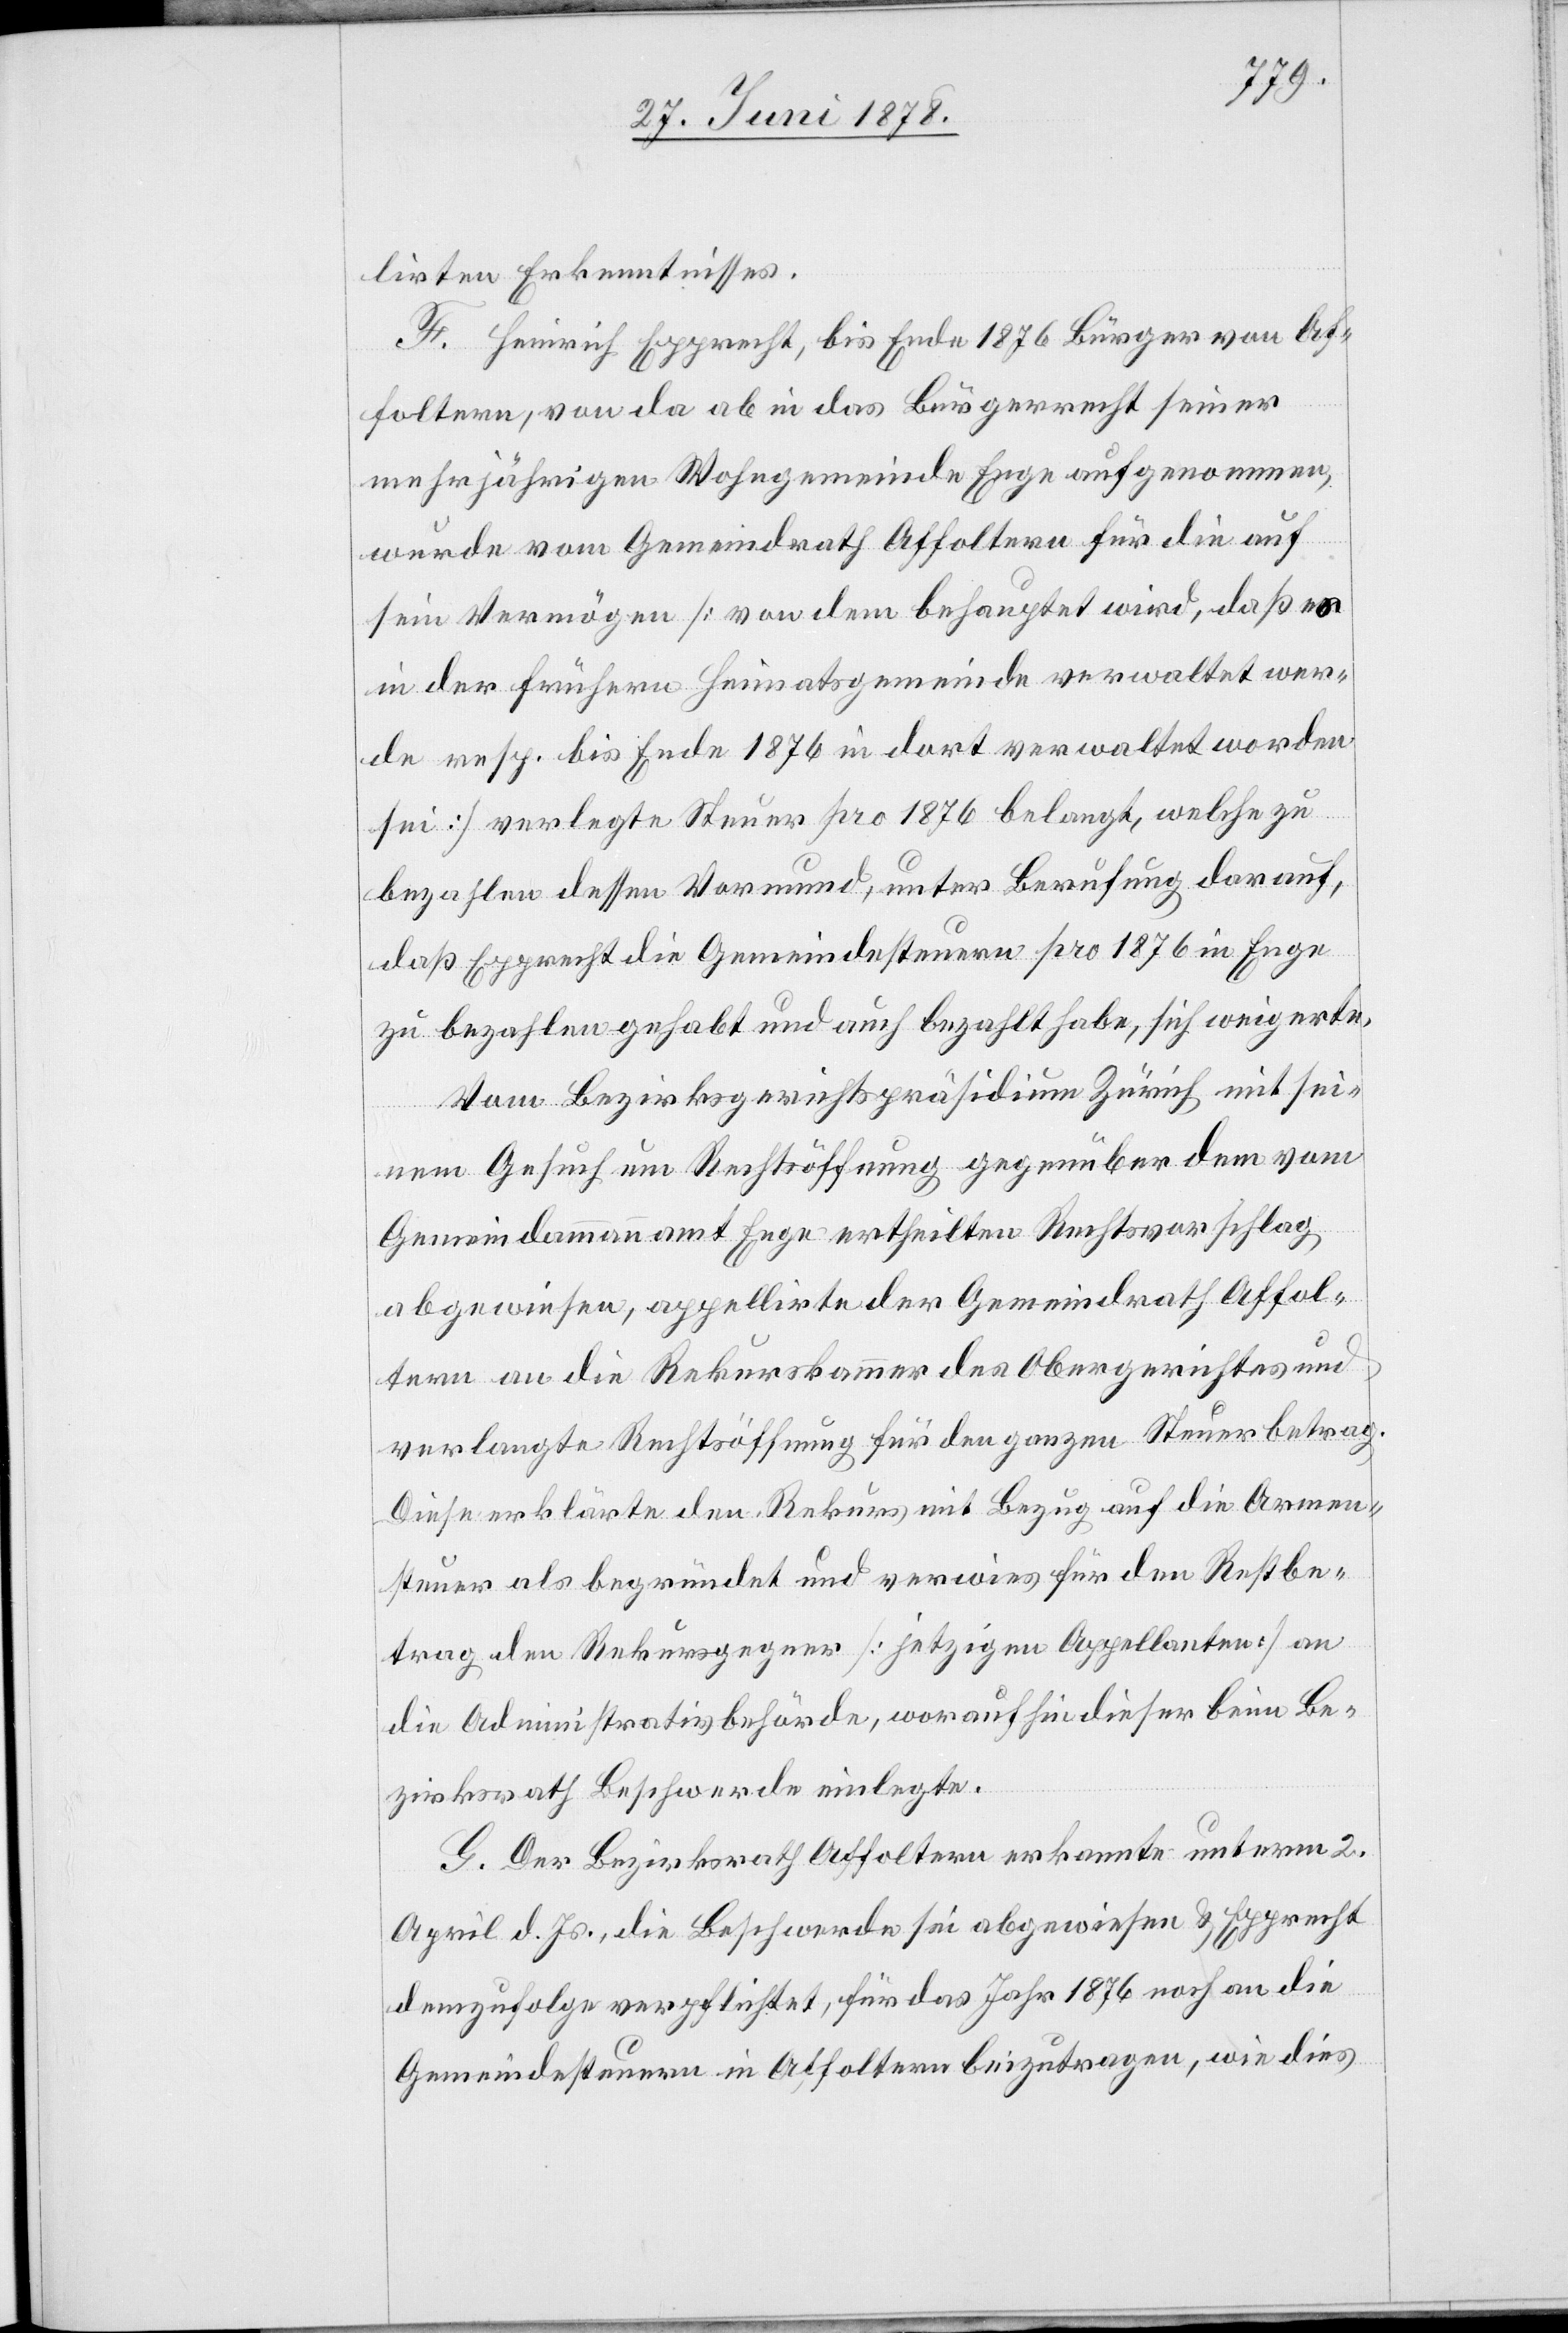
lirten Erkenntnisses.
F. Heinrich Epprecht, bis Ende 1876 Bürger von Af¬
foltern, von da ab in das Bürgerrecht seiner
mehrjährigen Wohngemeinde Enge aufgenommen,
wurde vom Gemeindrath Affoltern für die auf
sein Vermögen [von dem behauptet wird, daß es
in der frühern Heimatsgemeinde verwaltet wer¬
de resp. bis Ende 1876 in dort verwaltet worden
sei] verlegte Steuer pro 1876 belangt, welche zu
bezahlen dessen Vormund, unter Berufung darauf,
daß Epprecht die Gemeindesteuern pro 1876 in Enge
zu bezahlen gehabt und auch bezahlt habe, sich weigerte.
Vom Bezirksgerichtspräsidium Zürich mit sei¬
nem Gesuch um Rechtsöffnung gegenüber dem vom
Gemeindammannamt Enge ertheilten Rechtsvorschlag
abgewiesen, appellirte der Gemeindrath Affol¬
tern an die Rekurskammer des Obergerichtes und
verlangte Rechtsöffnung für den ganzen Steuerbetrag.
Diese erklärte den Rekurs mit Bezug auf die Armen¬
steuer als begründet und verwies für den Restbe¬
trag den Rekursgegner [jetzigen Appellanten] an
die Administrativbehörde, woraufhin dieser beim Be¬
zirksrath Beschwerde einlegte.
G. Der Bezirksrath Affoltern erkannte unterm 2.
April d. Js., die Beschwerde sei abgewiesen & Epprecht
demzufolge verpflichtet, für das Jahr 1876 noch an die
Gemeindesteuern in Affoltern beizutragen, wie dies